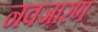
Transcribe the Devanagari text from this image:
नवजारण